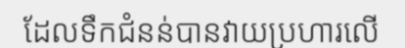
ដែលទឹកជំនន់បានវាយប្រហារលើ